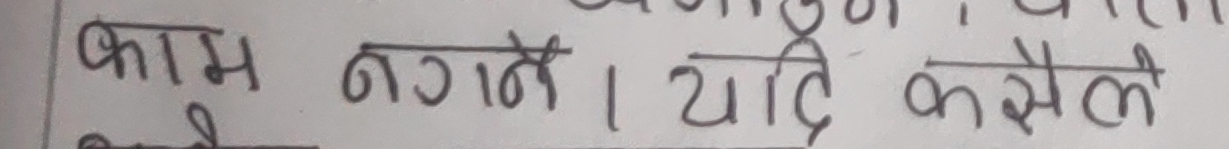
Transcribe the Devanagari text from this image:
काम लगनें। यदि कसैले